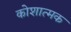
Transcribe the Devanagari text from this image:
कोशात्मक